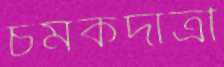
চমকদাত্রী